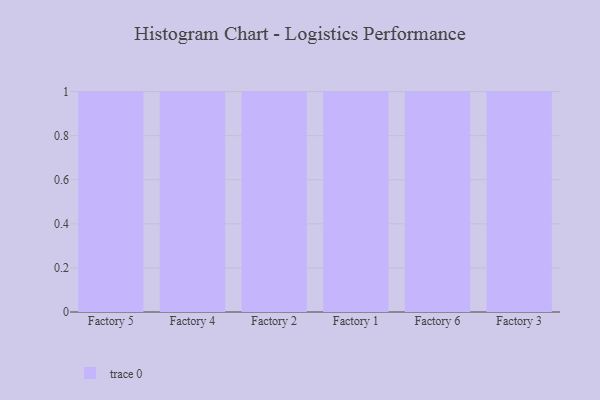
{"axis": {"x": "Factory", "y": "Net Income (USD K)"}, "legend": [""], "data": [{"x": "Factory 5", "y": 100, "type": ""}, {"x": "Factory 4", "y": 40, "type": ""}, {"x": "Factory 2", "y": 30, "type": ""}, {"x": "Factory 1", "y": 35, "type": ""}, {"x": "Factory 6", "y": 57, "type": ""}, {"x": "Factory 3", "y": 23, "type": ""}]}